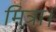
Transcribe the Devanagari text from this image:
मित्रा।